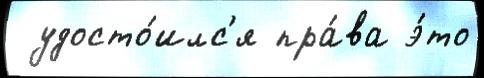
 удосто́илс'я пра́ва э́то